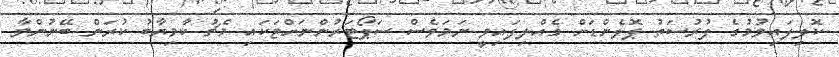
ކޮލިފައިވުމުގެ ފުރުސަތު ޕޮލެންޑަށް ގެއްލިފައިވީ ނަމަވެސް ސަޕޯޓަރުންނަށްޓަކައި މެޗު ކާމިޔާބު ކުރަން ބޭނުންވާ